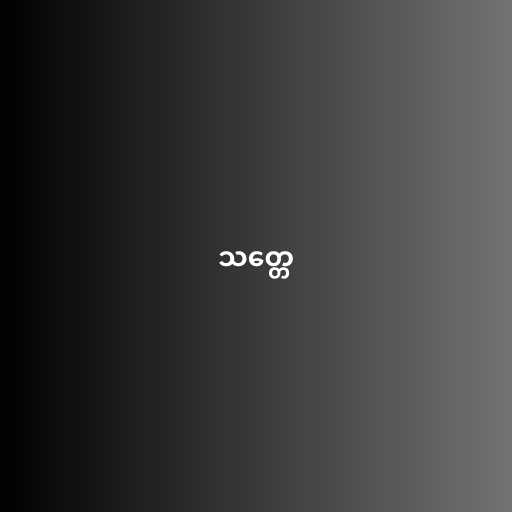
သတ္တေ